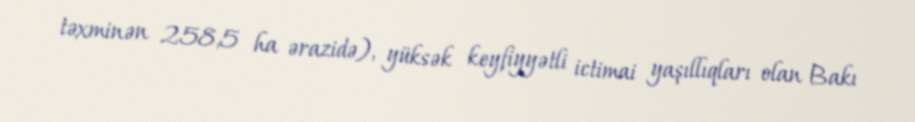
təxminən 258,5 ha ərazidə), yüksək keyfiyyətli ictimai yaşıllıqları olan Bakı